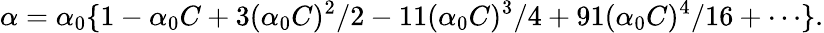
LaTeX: \alpha=\alpha_{0}\{ 1-\alpha_{0}C+3(\alpha_{0}C)^{2}/2-11(\alpha_{0}C)^{3}/4+91(\alpha_{0}C)^{4}/16+\cdots\} .